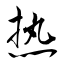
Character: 热